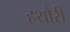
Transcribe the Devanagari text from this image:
हथौरी